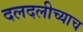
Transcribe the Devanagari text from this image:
दलदलीच्याच